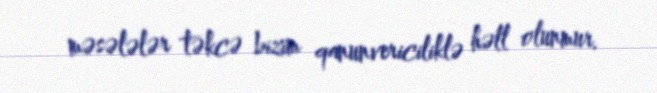
məsələlər təkcə bizim qanunvericiliklə həll olunmur.